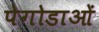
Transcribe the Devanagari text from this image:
पेगोडाओं